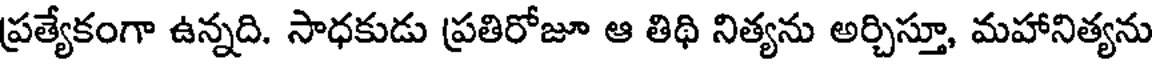
ప్రత్యేకంగా ఉన్నది. సాధకుడు ప్రతిరోజూ ఆ తిథి నిత్యను అర్చిస్తూ, మహానిత్యను